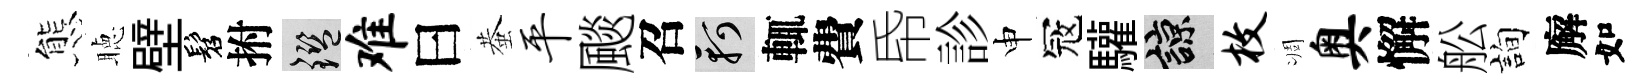
態聴壁髫拊鑒难曰蛬平颷召軻輒費帋診申冦驩諒枚凋奥懈舩詢廨如